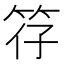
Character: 𫁻